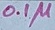
Text: 0.1µ